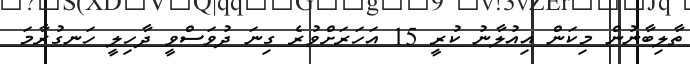
ތާލިބާނުން މިކަން އިއުލާނު ކުރީ 15 އަހަރަށްވުރެ ގިނަ ދުވަސްވީ ދާހިލީ ހަނގުރާމަ